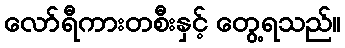
လော်ရီကားတစီးနှင့် တွေ့ရသည်။